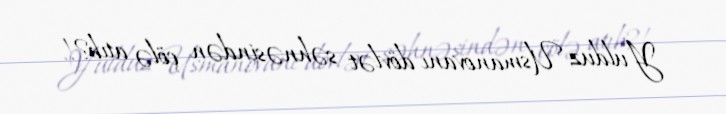
Yulduz Usmanovanı dövlət səhnəsindən çölə atıb?!.